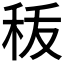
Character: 𮂺